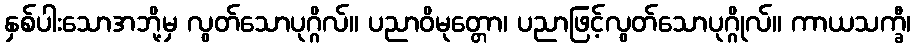
နှစ်ပါးသောအဘို့မှ လွတ်သောပုဂ္ဂိလ်။ ပညာဝိမုတ္တော၊ ပညာဖြင့်လွတ်သောပုဂ္ဂိုလ်။ ကာယသက္ခီ၊